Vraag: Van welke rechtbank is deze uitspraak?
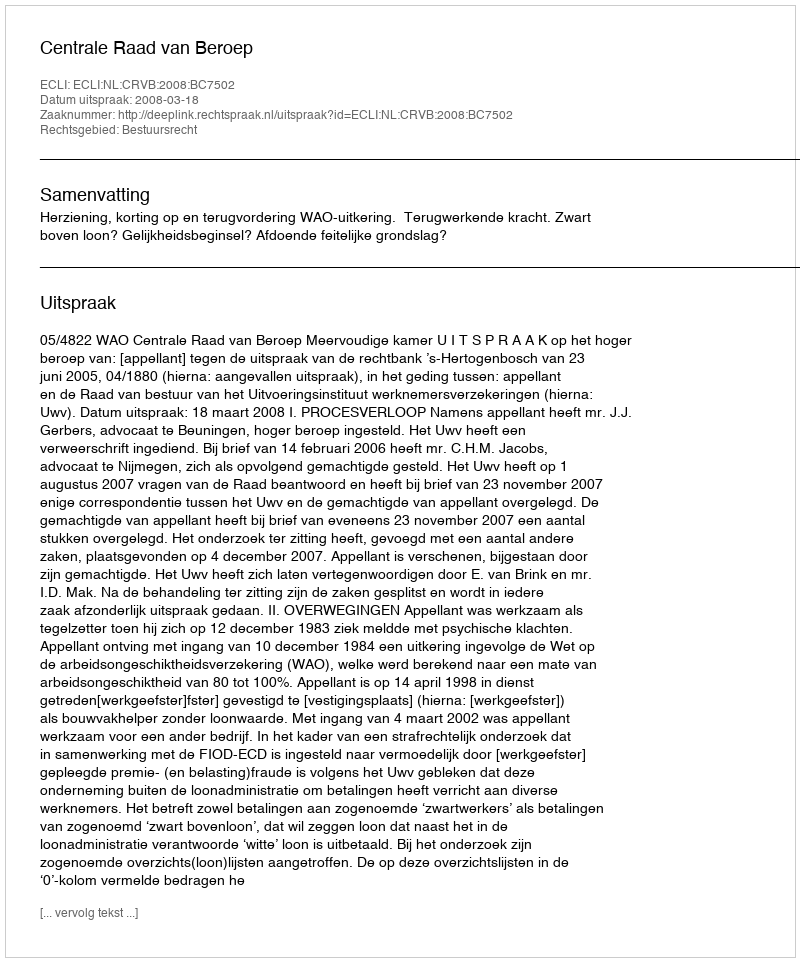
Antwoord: Centrale Raad van Beroep